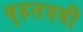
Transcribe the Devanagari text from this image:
वृहतत्रयी